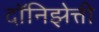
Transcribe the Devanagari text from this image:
दॉनिझेत्ती